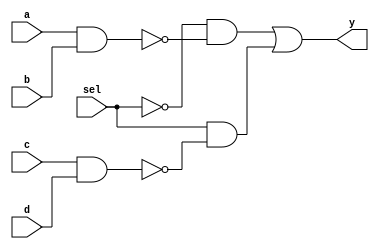
//          Master of Science in Computer Engineering
//
// Objective:
//           Create a mux with a three-state behavior using structural modeling

module mux(input a,b,c,d,sel,output y);
    //wires 
    wire a0,b0;
    wire a1,b1;
    
    //connect via nands 
    nand nand1(a0, a,b);
    nand nand2(b0,c,d);
    //connect via ands
    and and1(a1,~sel,a0);
    and and2(b1, sel, b0);
    //or output
    or or1(y, a1,b1);
endmodule

module solution_problem_16(input enable, a,b,c,d,sel,output y);
    //wire to cascade output
    wire out;
    //instaniate mux 
    mux myMux(.a(a),.b(b),.c(c),.d(d),.sel(sel),.y(out));
    //set output with tri-state buffer
    bufif0 myBuffer(y,out,enable);
endmodule